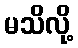
မသိလို့